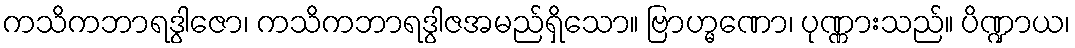
ကသိကဘာရဒွါဇော၊ ကသိကဘာရဒွါဇအမည်ရှိသော။ ဗြာဟ္မဏော၊ ပုဏ္ဏားသည်။ ပိဏ္ဍာယ၊